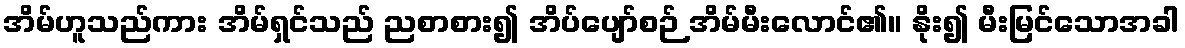
အိမ်ဟူသည်ကား အိမ်ရှင်သည် ညစာစား၍ အိပ်ပျော်စဉ် အိမ်မီးလောင်၏။ နိုး၍ မီးမြင်သောအခါ